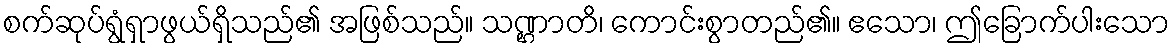
စက်ဆုပ်ရွံရှာဖွယ်ရှိသည်၏ အဖြစ်သည်။ သဏ္ဌာတိ၊ ကောင်းစွာတည်၏။ ဧသော၊ ဤခြောက်ပါးသော